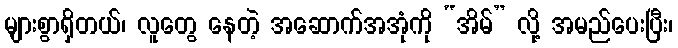
များစွာရှိတယ်၊ လူတွေ နေတဲ့ အဆောက်အအုံကို “အိမ်” လို့ အမည်ပေးပြီး၊